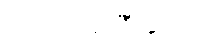
အပေါ် အင်္ကျီ ပေးပါ။